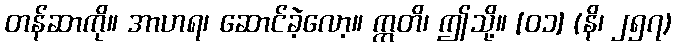
တန်ဆာကို။ အာဟရ၊ ဆောင်ခဲ့လော့။ ဣတိ၊ ဤသို့။ [၀၁] (နိ၊ ၂၅၇)